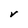
Character: V